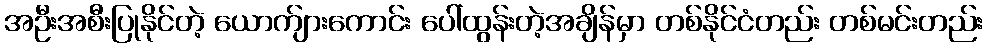
အဦးအစီးပြုနိုင်တဲ့ ယောက်ျားကောင်း ပေါ်ထွန်းတဲ့အချိန်မှာ တစ်နိုင်ငံတည်း တစ်မင်းတည်း